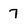
Character: 7